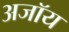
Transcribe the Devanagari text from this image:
अजॉय